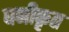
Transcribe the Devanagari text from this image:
घनीकृत